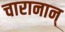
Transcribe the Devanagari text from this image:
चारानान्